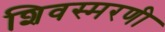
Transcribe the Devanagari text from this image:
शिवस्मरणी